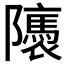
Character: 𨽖